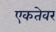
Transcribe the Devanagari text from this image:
एकतेवर